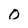
Character: O